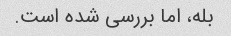
بله، اما بررسی شده است.